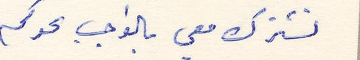
تشترك معي بوالجب نحوكم